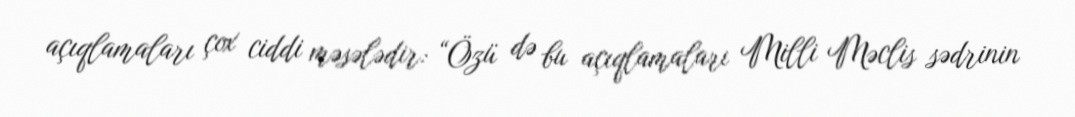
açıqlamaları çox ciddi məsələdir: “Özü də bu açıqlamaları Milli Məclis sədrinin